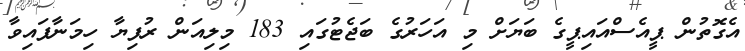
އެގޮތުން ޕީއެސްއައިޕީގެ ބަޔަށް މި އަހަރުގެ ބަޖެޓުގައި 183 މިލިއަން ރުފިޔާ ހިމަނާފައިވާ